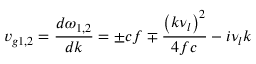
v _ { g 1 , 2 } = \frac { d \omega _ { 1 , 2 } } { d k } = \pm c f \mp \frac { \left( k \nu _ { l } \right) ^ { 2 } } { 4 f c } - i \nu _ { l } k